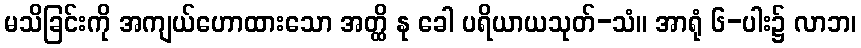
မသိခြင်းကို အကျယ်ဟောထားသော အတ္ထိ နု ခေါ ပရိယာယသုတ်-သံ။ အာရုံ ၆-ပါး၌ လာဘ၊